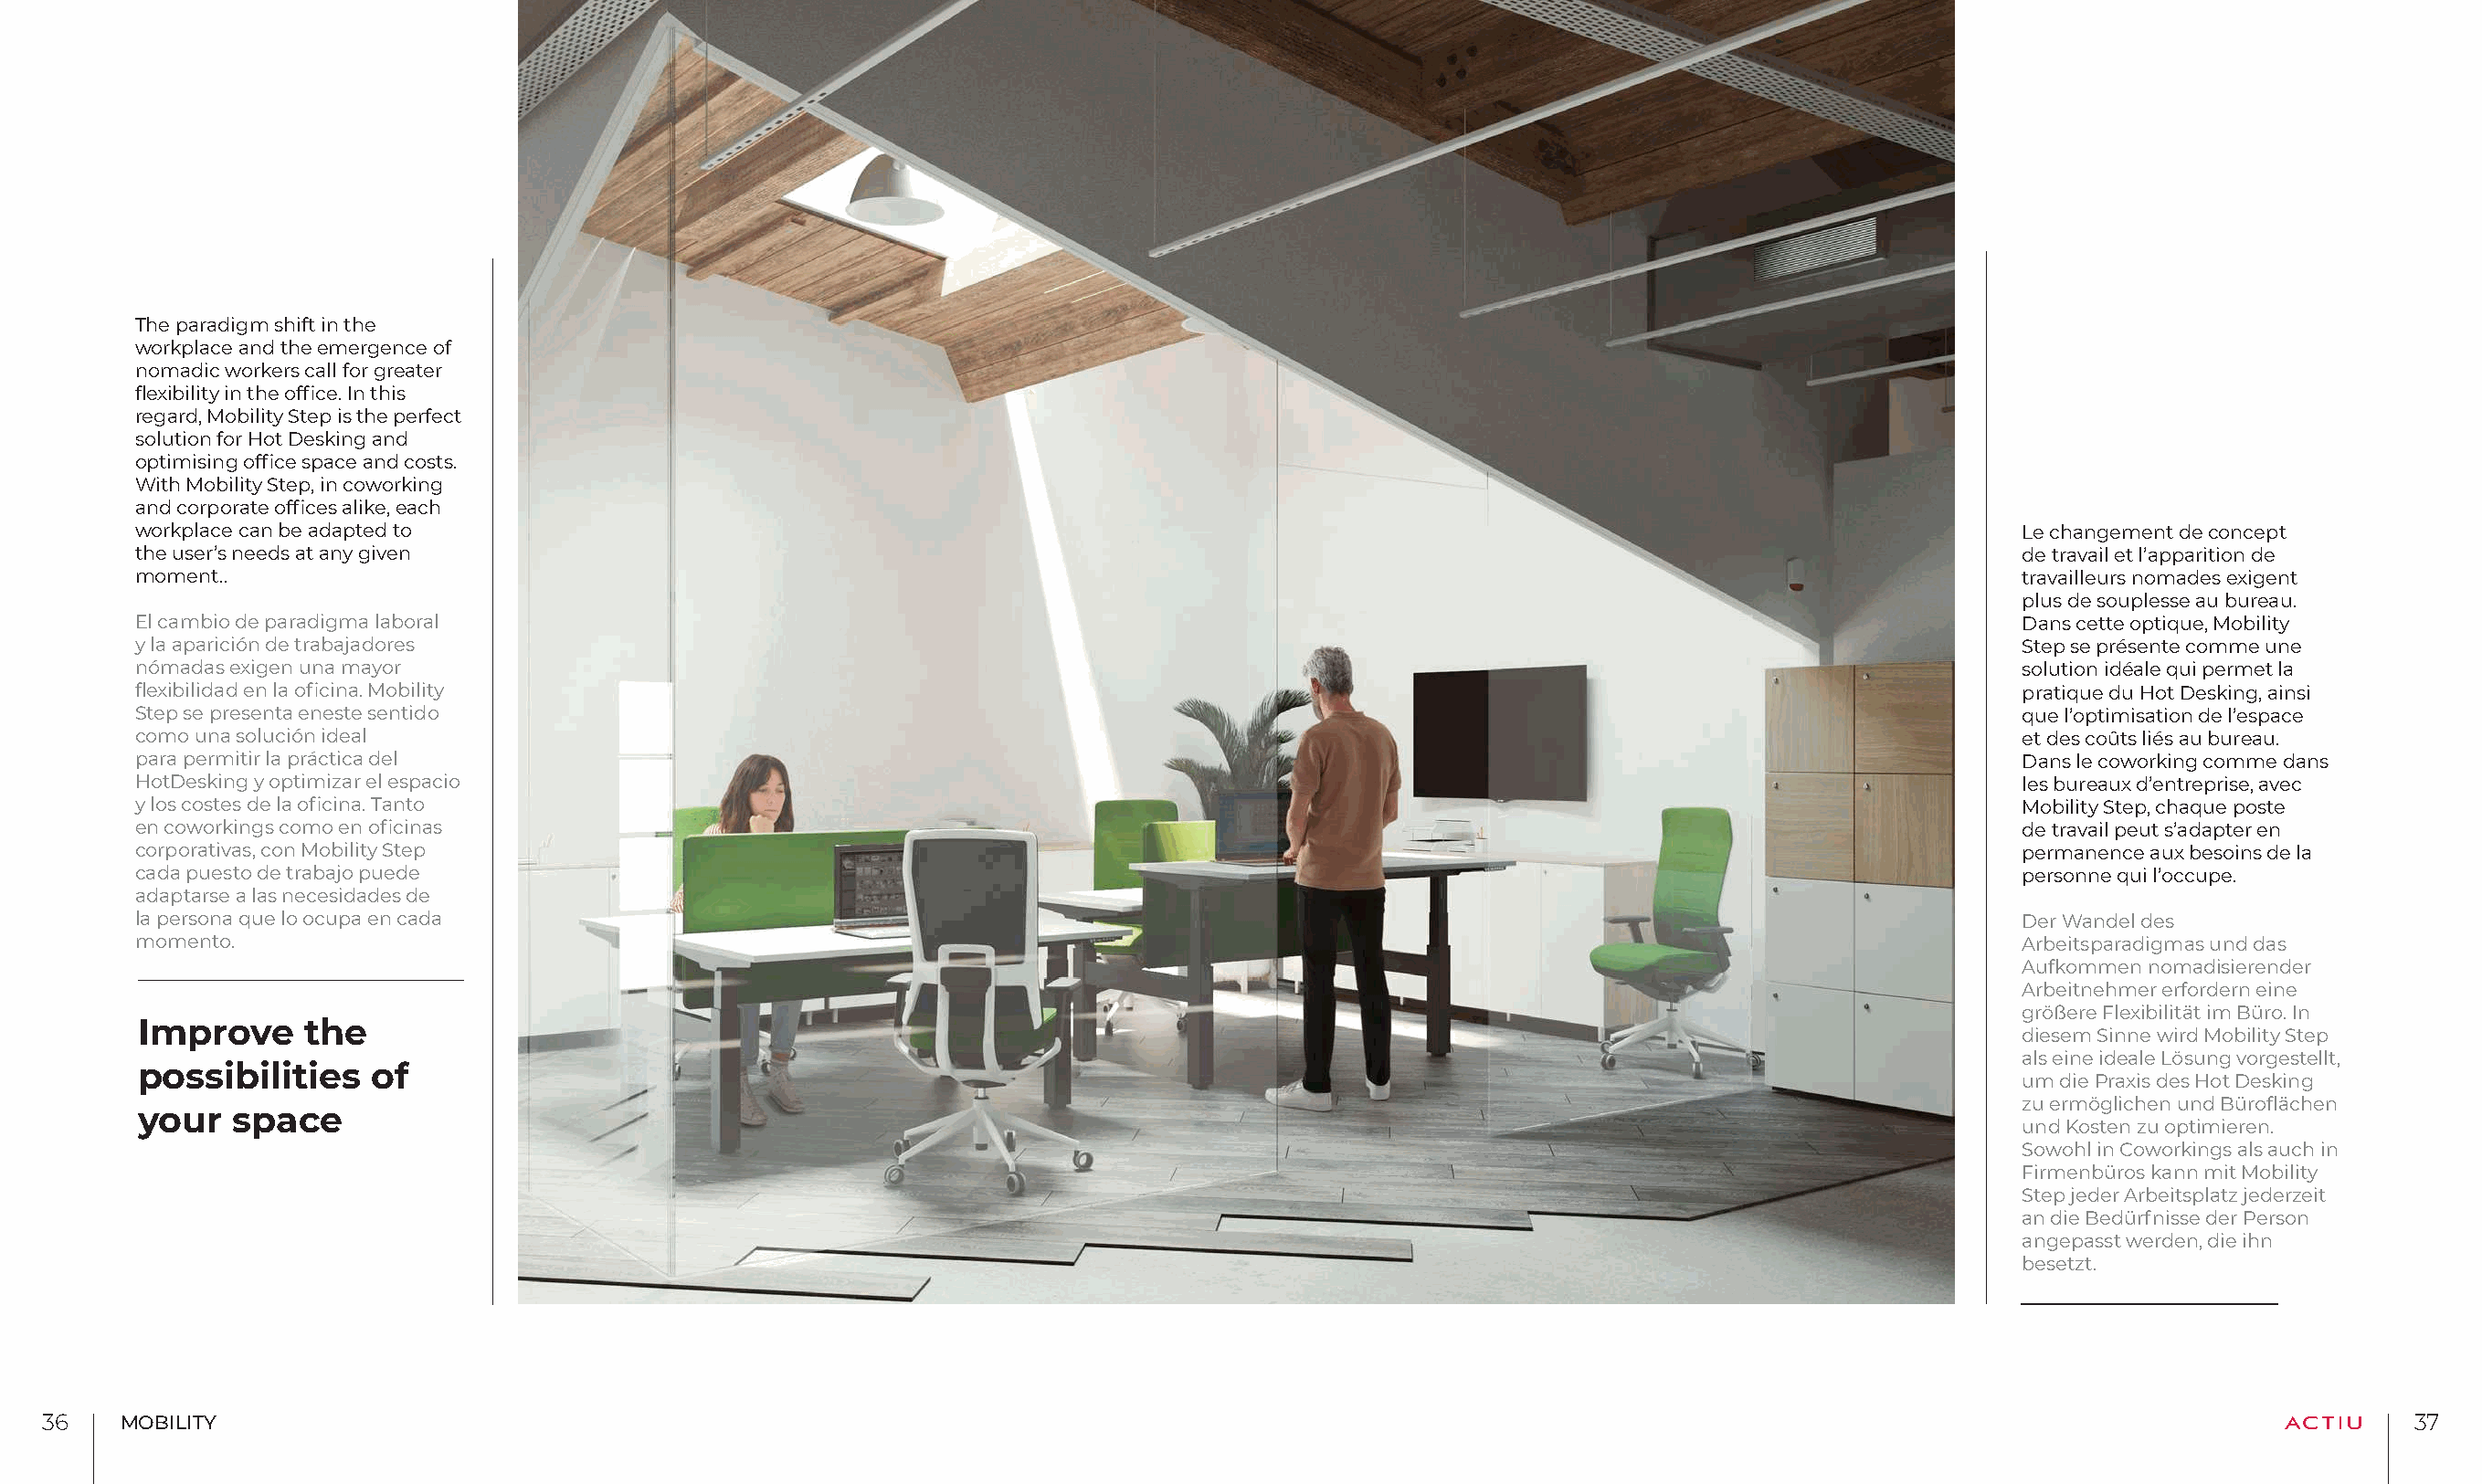
The paradigm shift in the
 workplace and the emergence of
 nomadic workers call for greater
 flexibility in the office. In this
 regard, Mobility Step is the perfect
 solution for Hot Desking and
 optimising office space and costs.
 With Mobility Step, in coworking
 and corporate offices alike, each
 workplace can be adapted to                                                                                                              Le changement de concept
 the user’s needs at any given                                                                                                            de travail et l’apparition de
 moment..                                                                                                                                 travailleurs nomades exigent
 plus de souplesse au bureau.
 El cambio de paradigma laboral                                                                                                           Dans cette optique, Mobility
 y la aparición de trabajadores                                                                                                           Step se présente comme une
 nómadas exigen una mayor                                                                                                                 solution idéale qui permet la
 flexibilidad en la oficina. Mobility                                                                                                     pratique du Hot Desking, ainsi
 Step se presenta eneste sentido                                                                                                          que l’optimisation de l’espace
 como una solución ideal                                                                                                                  et des coûts liés au bureau.
 para permitir la práctica del                                                                                                            Dans le coworking comme dans
 HotDesking y optimizar el espacio                                                                                                        les bureaux d’entreprise, avec
 y los costes de la oficina. Tanto                                                                                                        Mobility Step, chaque poste
 en coworkings como en oficinas                                                                                                           de travail peut s’adapter en
 corporativas, con Mobility Step                                                                                                          permanence aux besoins de la
 cada puesto de trabajo puede                                                                                                             personne qui l’occupe.
 adaptarse a las necesidades de
 la persona que lo ocupa en cada                                                                                                          Der Wandel des
 momento.                                                                                                                                 Arbeitsparadigmas und das
 Aufkommen nomadisierender
 Arbeitnehmer erfordern eine
 größere Flexibilität im Büro. In
 Improve     the
 diesem Sinne wird Mobility Step
 als eine ideale Lösung vorgestellt,
 possibilities    of
 um die Praxis des Hot Desking
 zu ermöglichen und Büroflächen
 your   space
 und Kosten zu optimieren.
 Sowohl in Coworkings als auch in
 Firmenbüros kann mit Mobility
 Step jeder Arbeitsplatz jederzeit
 an die Bedürfnisse der Person
 angepasst werden, die ihn
 besetzt.
 3366  MOBILITY                                                                                                                                                              3377